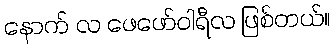
နောက် လ ဖေဖော်ဝါရီလ ဖြစ်တယ်။